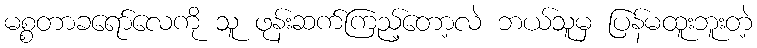
မစ္စတာခရော်လေကို သူ ဖုန်းဆက်ကြည့်တော့လဲ ဘယ်သူမှ ပြန်မထူးဘူးတဲ့